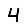
Digit: 4